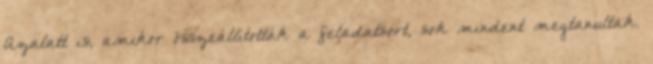
Azalatt is, amikor összeállították a feladatsort, sok mindent megtanultak.